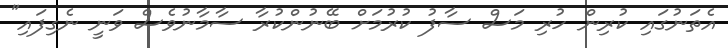
އެތަނުގައި ކުރިން ހުރި މަސް ސާފު ކުރުމަށް ބޭނުންކުރާ ސާމާނުވެސް ވަނީ ނެގިފައި"